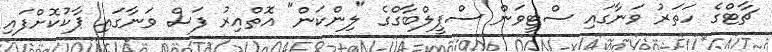
ޗާޓްގެ ހަތަރު ވަނާގައި ސްޓީވަން ސްޕީލްބާގްގެ "ލިންކަން" އޮތްއިރު ފަސް ވަނާގައި ޕާކުކޮށްފައި